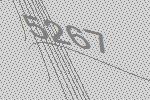
5267